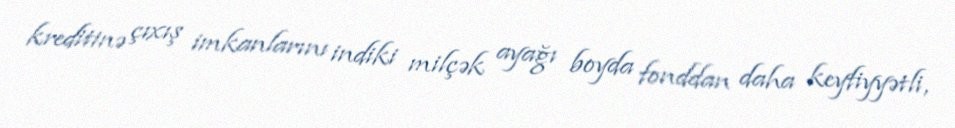
kreditinə çıxış imkanlarını indiki milçək ayağı boyda fonddan daha keyfiyyətli,